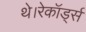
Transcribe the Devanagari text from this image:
थे।रेकॉर्ड्स